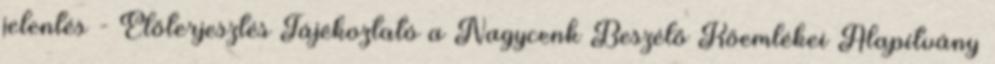
jelentés - Előterjesztés Tájékoztató a Nagycenk Beszélő Kőemlékei Alapítvány